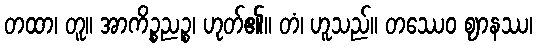
တထာ၊ တူ။ အာကိဉ္စညဉ္စ၊ ဟုတ်၏။ တံ၊ ဟူသည်။ တဿေဝ ဈာနဿ၊